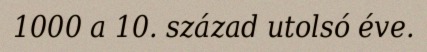
1000 a 10. század utolsó éve.